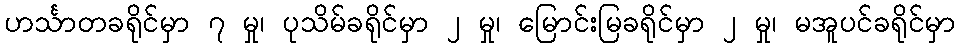
ဟင်္သာတခရိုင်မှာ ၇ မှု၊ ပုသိမ်ခရိုင်မှာ ၂ မှု၊ မြောင်းမြခရိုင်မှာ ၂ မှု၊ မအူပင်ခရိုင်မှာ